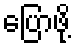
ပြောဖို့